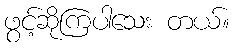
ဖွင့်ဆိုကြပါသေး တယ်။